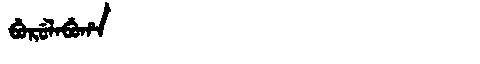
Manchu: ᠪᡠᡵᡠᠯᠠᠪᡠᡥᠠ
Romanization: BURULABUHA